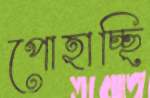
পোহাচ্ছি